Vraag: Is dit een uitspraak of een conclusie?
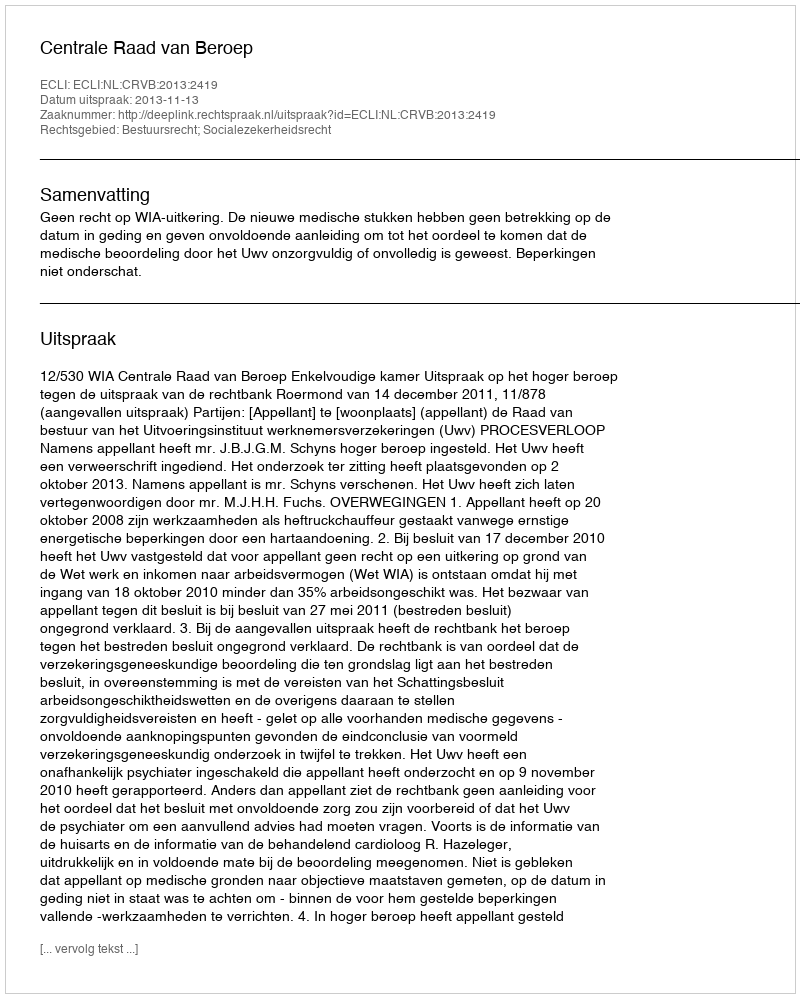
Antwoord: Uitspraak